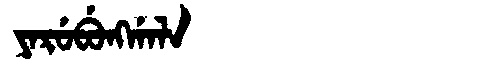
Manchu: ᠶᠠᡵᡠᠪᡠᠩᡤᠠᠯᠠ
Romanization: YARUBUNGGALA